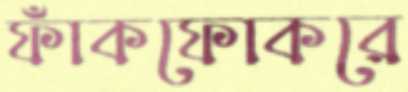
ফাঁকফোকরে